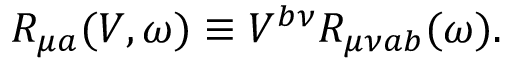
R _ { \mu a } ( V , \omega ) \equiv V ^ { b \nu } R _ { \mu \nu a b } ( \omega ) .